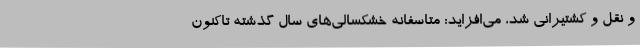
و نقل و کشتیرانی شد، می‌افزاید: متاسفانه خشکسالی‌های سال گذشته تاکنون